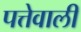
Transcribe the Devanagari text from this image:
पत्तेवाली